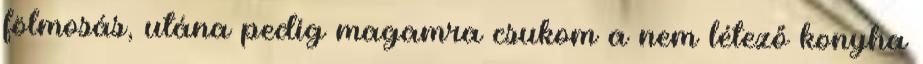
fölmosás, utána pedig magamra csukom a nem létező konyha